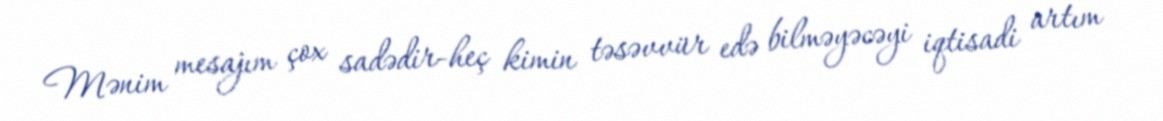
Mənim mesajım çox sadədir-heç kimin təsəvvür edə bilməyəcəyi iqtisadi artım